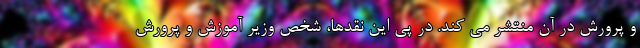
و پرورش در آن منتشر می کند. در پی این نقدها، شخص وزیر آموزش و پرورش